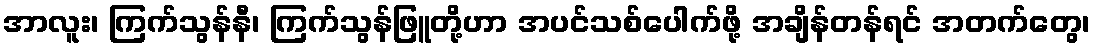
အာလူး၊ ကြက်သွန်နီ၊ ကြက်သွန်ဖြူတို့ဟာ အပင်သစ်ပေါက်ဖို့ အချိန်တန်ရင် အတက်တွေ၊